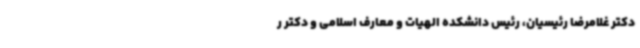
دکتر غلامرضا رئیسیان، رئیس دانشکده الهیات و معارف اسلامی و دکتر ر